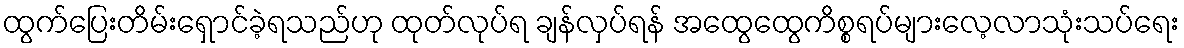
ထွက်ပြေးတိမ်းရှောင်ခဲ့ရသည်ဟု ထုတ်လုပ်ရ ချန်လှပ်ရန် အထွေထွေကိစ္စရပ်များလေ့လာသုံးသပ်ရေး